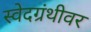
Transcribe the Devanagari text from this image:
स्वेदग्रंथीवर